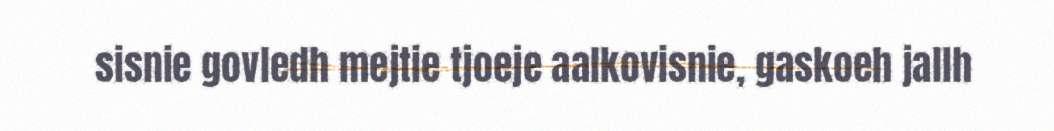
sisnie govledh mejtie tjoeje aalkovisnie, gaskoeh jallh